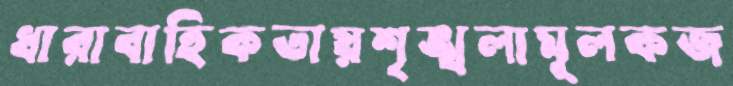
ধারাবাহিকতায়শৃঙ্খলামূলকজ